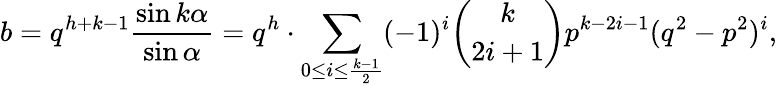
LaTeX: b=q^{h+k-1}{\frac{\sin k\alpha}{\sin\alpha}}=q^{h}\cdot\sum_{0\leq i\leq{\frac{k-1}{2}}}(-1)^{i}{\binom{k}{2i+1}}p^{k-2i-1}(q^{2}-p^{2})^{i},